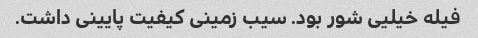
فیله خیلیی شور بود. سیب زمینی کیفیت پایینی داشت.